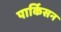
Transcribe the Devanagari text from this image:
पार्किसन